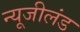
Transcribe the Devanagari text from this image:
न्यूजीलंड